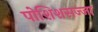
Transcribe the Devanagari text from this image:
पोशिशसज्जा